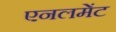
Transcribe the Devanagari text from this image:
एनलमेंट